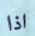
اذا